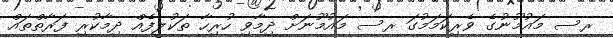
ރސ މައުމޫނުގެ ވެރިކަމަމުގަ ރސ މައުމޫނަށް ދިމާވި ހުރިހާ ތަކުލީފެއް ދިމާކުރި ފަރާތްތައް